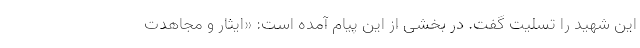
این شهید را تسلیت گفت. در بخشی از این پیام آمده است: «ایثار و مجاهدت